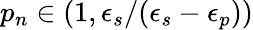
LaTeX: p_{n}\in\displaystyle\left(1,\epsilon_{s}/(\epsilon_{s}-\epsilon_{p})\right)